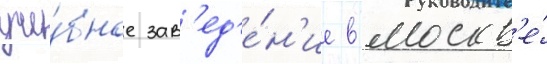
уче́бное зав'ед'е́н'ие в москв'е́